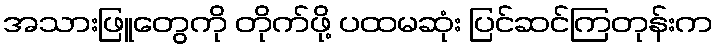
အသားဖြူတွေကို တိုက်ဖို့ ပထမဆုံး ပြင်ဆင်ကြတုန်းက